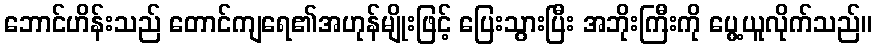
ဘောင်ဟိန်းသည် တောင်ကျရေ၏အဟုန်မျိုးဖြင့် ပြေးသွားပြီး အဘိုးကြီးကို ပွေ့ယူလိုက်သည်။